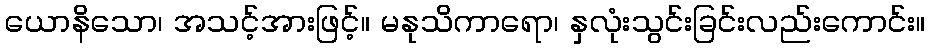
ယောနိသော၊ အသင့်အားဖြင့်။ မနုသိကာရော၊ နှလုံးသွင်းခြင်းလည်းကောင်း။